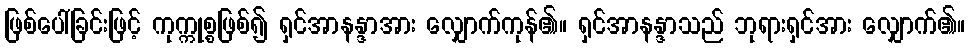
ဖြစ်ပေါ်ခြင်းဖြင့် ကုက္ကုစ္စဖြစ်၍ ရှင်အာနန္ဒာအား လျှောက်ကုန်၏။ ရှင်အာနန္ဒာသည် ဘုရားရှင်အား လျှောက်၏။